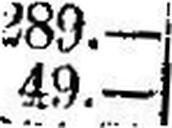
49.—